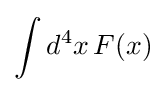
\int {d^{4}x\,F(x)}